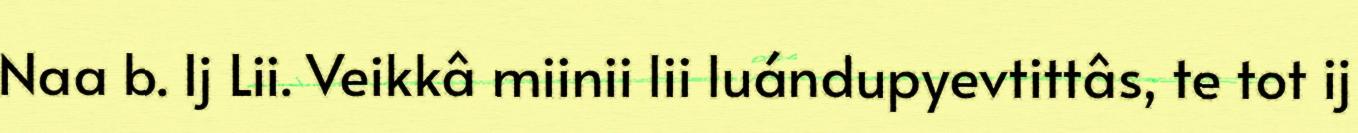
Naa b. Ij Lii. Veikkâ miinii lii luándupyevtittâs, te tot ij